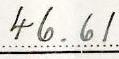
46.61